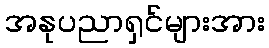
အနုပညာရှင်များအား